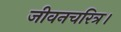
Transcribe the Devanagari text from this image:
जीवनचरित्र।